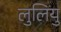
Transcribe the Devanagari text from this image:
लुलियु